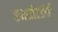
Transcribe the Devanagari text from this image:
एनसीएडीडी